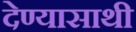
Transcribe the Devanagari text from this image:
देण्यासाथी